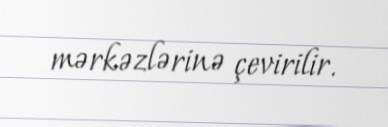
mərkəzlərinə çevirilir.